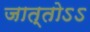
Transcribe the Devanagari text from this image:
जात्तोऽऽ